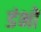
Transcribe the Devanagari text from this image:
डंभों